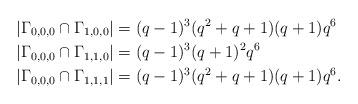
LaTeX: \begin{align*}&|\Gamma_{0,0,0}\cap\Gamma_{1,0,0}|=(q-1)^3(q^2+q+1)(q+1)q^6\\&|\Gamma_{0,0,0}\cap\Gamma_{1,1,0}|=(q-1)^3(q+1)^2q^6\\&|\Gamma_{0,0,0}\cap\Gamma_{1,1,1}|=(q-1)^3(q^2+q+1)(q+1)q^6.\end{align*}